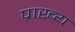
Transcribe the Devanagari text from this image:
प्राख्य